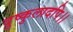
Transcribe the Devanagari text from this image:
दुष्कुलादपि।।